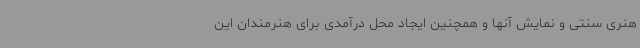
هنری سنتی و نمایش آنها و همچنین ایجاد محل درآمدی برای هنرمندان این